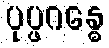
ပုပ္ဖဂန္ဓေ